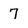
Character: 7